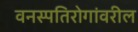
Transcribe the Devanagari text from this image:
वनस्पतिरोगांवरील